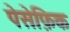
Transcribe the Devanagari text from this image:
पेसेफ़िक